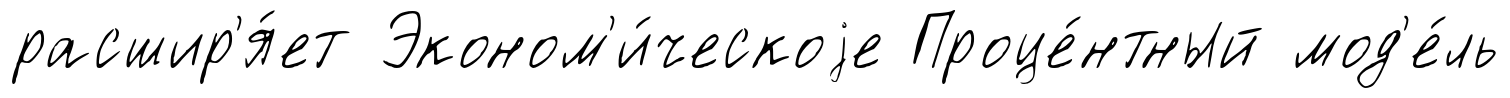
расшир'я́ет Эконом'и́ческоjе Проце́нтный мод'е́ль